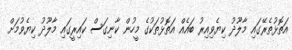
އަތޮޅުތެރޭގައި މާލޫދު ކިޔެވިއިރު ބައެއް އަތޮޅުތަކުގެ މީހުން ކާނިގަސް ކައިރީގައި މާލޫދު ކިޔެވުމަށް